Civil Veterinary Dept. Bombay admin report 1923-31 - 1923-1931
Year: 1923
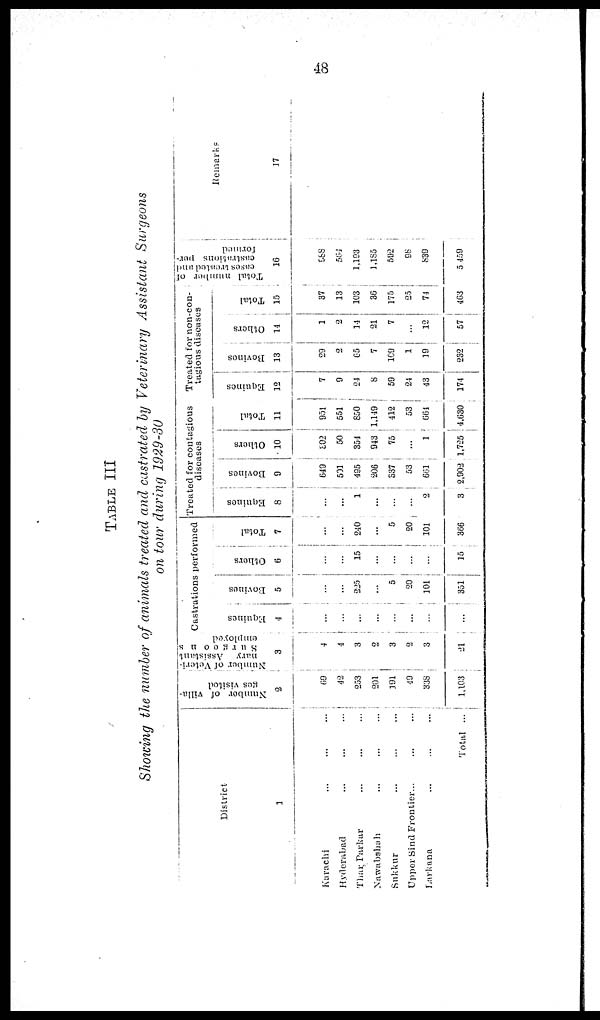
48
TABLE III
Showing the number of animals treated and castrated by Veterinary Assistant Surgeons
on tour during 1929-30
District
1
Karachi ... ... ...
Hyderabad ... ... ...
Thar Parkar ... ... ...
Nawabshah ... ...
Sukkur ... ... ...
Upper Sind Frontier... ... ...
Larkana ... ... ...
Total ...
Number of villa-
ges visited
2
69
42
253
201
191
49
338
1,103
Number of Veteri-
nary
Assistant
Surgeons
employed
3
4
4
3
2
3
2
3
21
Castrations performed
Equines
4
...
...
...
...
...
...
...
Bovines
5
...
...
225
...
5
20
101
351
Others
6
...
...
15
...
...
...
...
15
Total
7
...
...
240
...
5
20
101
366
Treated for contagious
diseases
Equines
8
...
...
1
...
...
...
2
3
Bovines
9
549
501
495
206
537
53
661
2,902
Others
10
302
50
354
943
75
...
1
1,725
Total
11
951
551
850
1,149
412
53
664
4,630
Treated for non-con-
tagious diseases
Equines
12
7
9
24
8
59
24
43
174
Bovines
13
29
2
65
7
109
1
19
232
Others
14
1
2
14
21
7
...
12
57
Total
15
37
13
103
36
175
25
74
463
Total number of
cases treated ant
castrations per-
formed
16
988
564
1,193
1,185
592
98
839
5,459
Remarks
17